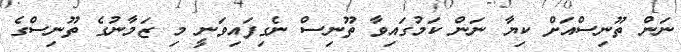
ނަން ތޫނިސްއަށް ކިޔާ ނަން ކަމުގައިވާ ތޫނިސް ނެގިފައިވަނީ މި ޒަމާނުގެ ތޫނިސްގެ